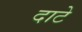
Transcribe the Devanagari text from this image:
दाटे